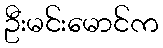
ဦးမင်းမောင်က